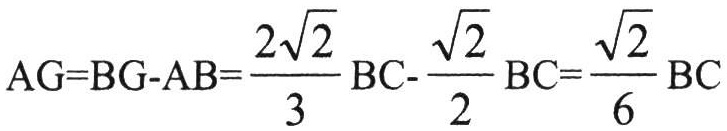
\(AG = BG - AB=\frac{2\sqrt{2}}{3}BC - \frac{\sqrt{2}}{2}BC=\frac{\sqrt{2}}{6}BC\)